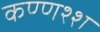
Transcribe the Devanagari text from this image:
कण्णश्श